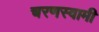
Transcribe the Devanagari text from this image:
चरणस्वामी